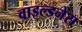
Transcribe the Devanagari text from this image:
वाइल्डनेस